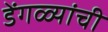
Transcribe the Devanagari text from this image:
डेंगळ्यांची